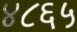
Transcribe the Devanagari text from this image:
४८६५